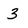
Character: 3